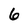
Character: 6